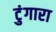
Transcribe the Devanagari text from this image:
टुंगारा